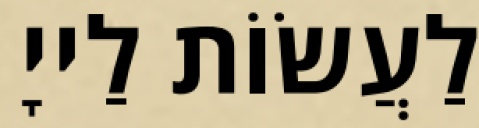
לַעֲשׂוֹת לַייָ